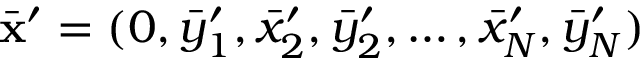
\Bar { \mathbf { x } } ^ { \prime } = ( 0 , \Bar { y } _ { 1 } ^ { \prime } , \Bar { x } _ { 2 } ^ { \prime } , \Bar { y } _ { 2 } ^ { \prime } , \dots , \Bar { x } _ { N } ^ { \prime } , \Bar { y } _ { N } ^ { \prime } )